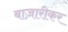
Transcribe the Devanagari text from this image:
बाज़ारीकर